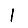
Digit: 1